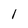
Character: I